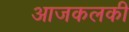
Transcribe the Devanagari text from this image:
आजकलकी